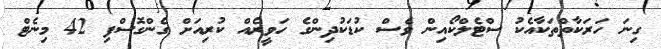
ގިނަ ހަރަކާތްތަކާއެކު ސްޓެލްކޯއިން ވެސް ކުޑަކުދިންގެ ހަވީރެއް ކުރިއަށް ގެންގޮސްފި 42 މިނެޓް